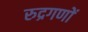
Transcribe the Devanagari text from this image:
रुद्रगणों